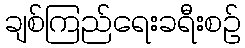
ချစ်ကြည်ရေးခရီးစဉ်